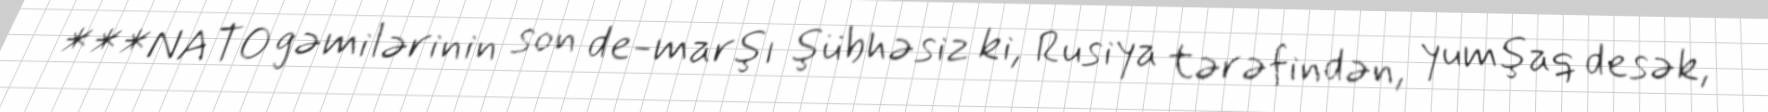
***NATO gəmilərinin son de-marşı şübhəsiz ki, Rusiya tərəfindən, yumşaq desək,